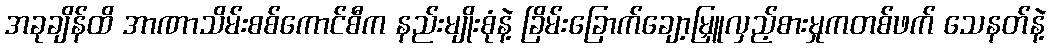
အခုချိန်ထိ အာဏာသိမ်းစစ်ကောင်စီက နည်းမျိုးစုံနဲ့ ခြိမ်းခြောက်ချော့မြှူလှည့်စားမှုကတစ်ဖက် သေနတ်နဲ့